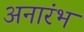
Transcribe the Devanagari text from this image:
अनारंभ